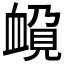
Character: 𲀚